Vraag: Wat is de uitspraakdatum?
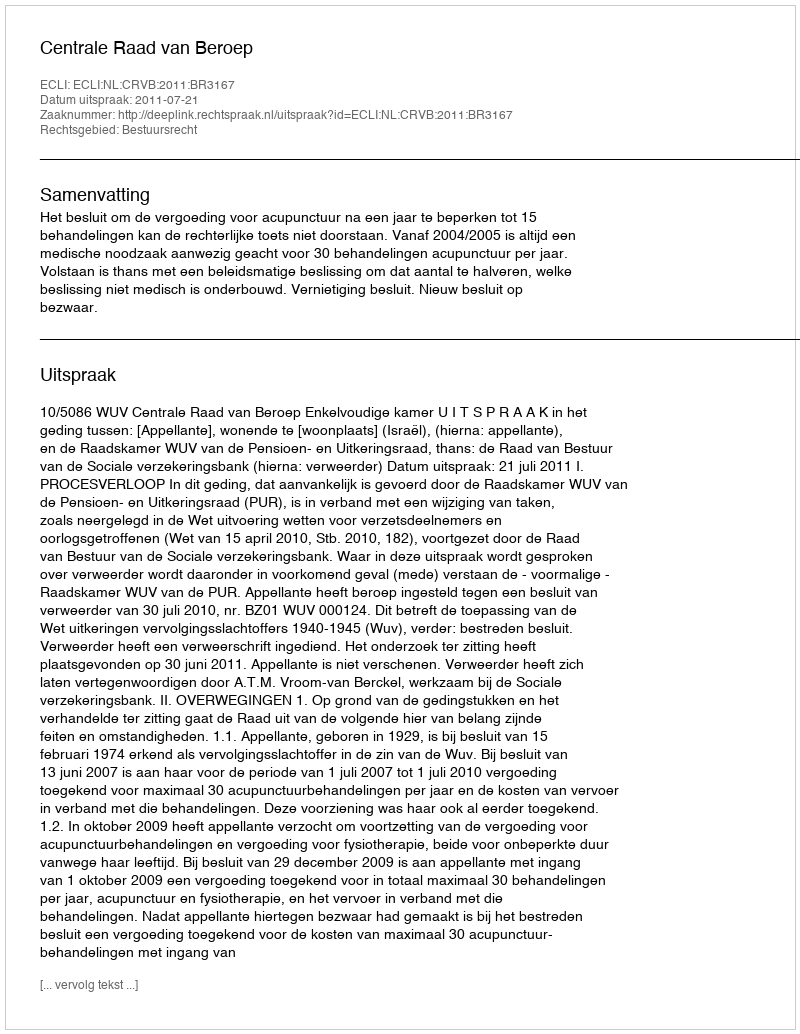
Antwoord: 2011-07-21